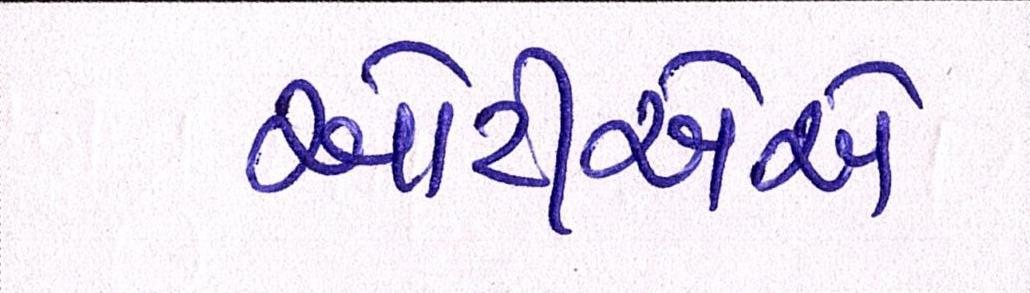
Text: ઓટીએએ